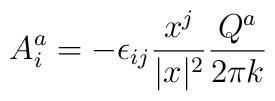
A^{a}_{i} = - \epsilon_{ij} \frac{x^{j}}{\vert x \vert^{2}}\frac{Q^{a}}{2\pi k}